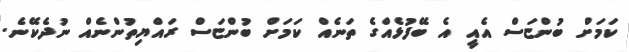
ކަމަށް ބުންޏަސް އެއީ އެ ބޭފުޅެއްގެ ތަނެއް ކަމަށް ބުންޏަސް ރައްޔިތުންނެއް ނުދެކޭނެ.